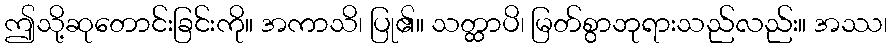
ဤသို့ဆုတောင်းခြင်းကို။ အကာသိ၊ ပြု၏။ သတ္ထာပိ၊ မြတ်စွာဘုရားသည်လည်း။ အဿ၊